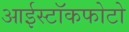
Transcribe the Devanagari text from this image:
आईस्टॉकफोटो